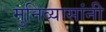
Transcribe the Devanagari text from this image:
मुनिव्यासांनी